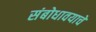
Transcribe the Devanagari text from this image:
संबोधावयाचे